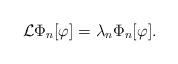
LaTeX: \begin{align*}{\cal L} \Phi_{n}[\varphi] = \lambda_{n} \Phi_{n}[\varphi].\end{align*}